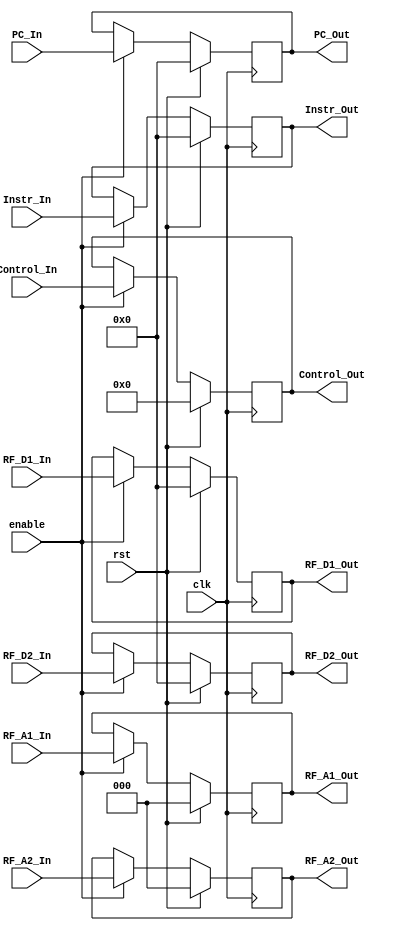
//Control_In format {RR_A3_Address_sel, RR_Wr_En, EXE_ALU_Src2, EXE_ALU_Oper, Reg_D3_Sel, MEM_Wr_En} total 10 bits

module ID2EX_Pipline_Reg (clk, rst, enable, PC_In, Control_In, RF_A1_In, RF_A2_In, 
								RF_D1_In, RF_D2_In, Instr_In, PC_Out, Control_Out, RF_A1_Out, RF_A2_Out, 
									 RF_D1_Out, RF_D2_Out, Instr_Out);
 
	input clk, rst, enable;
	input [15:0] PC_In, RF_D1_In, RF_D2_In, Instr_In;
	input [2:0] RF_A1_In, RF_A2_In;
	input [9:0] Control_In;
	output reg [15:0] PC_Out, RF_D1_Out, RF_D2_Out, Instr_Out;
	output reg [9:0] Control_Out;
	output reg [2:0] RF_A1_Out, RF_A2_Out;
	
	always @ (posedge clk) begin
		if (rst) begin
			PC_Out <= 0;
			Control_Out <= 0;
			Instr_Out <= 0;
			RF_D1_Out <= 0;
			RF_D2_Out <= 0;
			RF_A1_Out <= 0;
			RF_A2_Out <= 0;
		end
		else begin
			if (enable) begin
				PC_Out <= PC_In;
				Control_Out <= Control_In;
				Instr_Out <= Instr_In;
				RF_D1_Out <= RF_D1_In;
				RF_D2_Out <= RF_D2_In;
				RF_A1_Out <= RF_A1_In;
				RF_A2_Out <= RF_A2_In;
			end
		end
	end
endmodule // ID2EX_Pipline_Reg